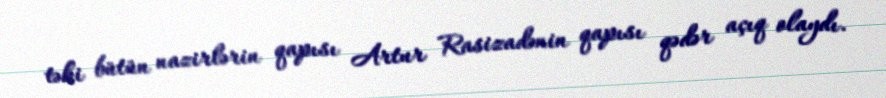
təki bütün nazirlərin qapısı Artur Rasizadənin qapısı qədər açıq olaydı.